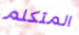
المتكلم